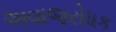
અવાજરોધક